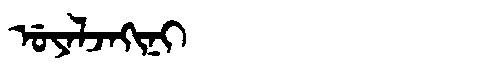
Manchu: ᡠᠶᠠᠯᠵᠠᡴᡳᠨᡳ
Romanization: UYALJAKINI